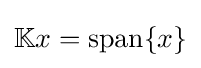
\mathbb {K} x=\operatorname {span} \{x\}